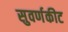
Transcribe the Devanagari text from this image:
सुवर्णकीट